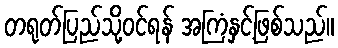
တရုတ်ပြည်သို့ဝင်ရန် အကြံနှင့်ဖြစ်သည်။